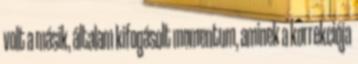
volt a másik, általam kifogásolt momentum, aminek a korrekciója